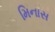
મિનાસ